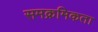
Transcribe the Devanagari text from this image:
समक्रमिकता